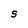
Character: S